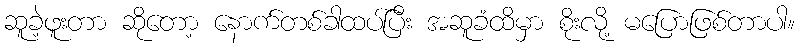
ဆူခဲ့ဖူးတာ ဆိုတော့ နောက်တစ်ခါထပ်ပြီး အဆူခံထိမှာ စိုးလို့ မပြောဖြစ်တာပါ။